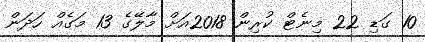
10 ގަޑި 22 މިނެޓް ކުރިން 2018އަށް މާލޭގެ 13 މަގެއް ހަދަން